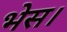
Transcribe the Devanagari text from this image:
भेस।